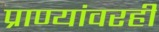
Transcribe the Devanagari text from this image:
प्राण्यांवरही